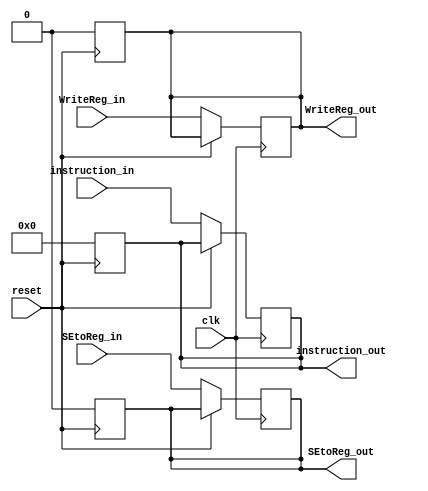
/* Author : Santosh Srivatsan	2017A8PS1924G */
/* IF/ID pipeline register */

module a2_IF_ID(
	input clk,
	input reset,

	input WriteReg_in,
	input SEtoReg_in,
	input [7:0] instruction_in,

	output reg WriteReg_out,
	output reg SEtoReg_out,
	output reg [7:0] instruction_out
	);

	always @(posedge reset)
	begin	
		WriteReg_out = 0;
		SEtoReg_out = 0;
		instruction_out = 0;
	end

	always @(posedge clk)
	begin
		if(!reset)
		begin
			WriteReg_out = WriteReg_in;
			SEtoReg_out = SEtoReg_in;
			instruction_out = instruction_in;
		end
	end
endmodule

/*******************************************************************************************************************************************************************/

/* Testbench */

module a2_tb_IF_ID;
	reg tb_clk;
	reg tb_reset;
	reg tb_WriteReg_in;
	reg tb_SEtoReg_in;
	reg [7:0] tb_instruction_in;
	wire tb_WriteReg_out;
	wire tb_SEtoReg_out;
	wire [7:0] tb_instruction_out;

	/* Instantiating the IF/ID module */
	a2_IF_ID IF_ID(.clk(tb_clk), .reset(tb_reset), .WriteReg_in(tb_WriteReg_in), .SEtoReg_in(tb_SEtoReg_in), .instruction_in(tb_instruction_in), 
.WriteReg_out(tb_WriteReg_out), .SEtoReg_out(tb_SEtoReg_out), .instruction_out(tb_instruction_out));

	initial #100 $finish;

	/* Clock generation */
	always
	begin
		tb_clk = 0;
		#5;
		tb_clk = 1;
		#5;
	end

	initial
	begin
		tb_WriteReg_in = 1 ; tb_SEtoReg_in = 1 ; tb_instruction_in = 8'b00_001_110 ; tb_reset = 1'b0;
		#18 tb_WriteReg_in = 1 ; tb_SEtoReg_in = 0 ; tb_instruction_in = 8'b01_001_010 ; tb_reset = 1'b1;
		#30 tb_WriteReg_in = 1 ; tb_SEtoReg_in = 1 ; tb_instruction_in = 8'b00_001_110 ; tb_reset = 1'b0;
	end
endmodule

/*******************************************************************************************************************************************************************/